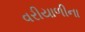
વરીયાળીના